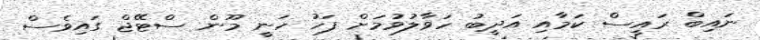
ނައިބް ރައީސް ކަމާއި އަދީބު ހަވާލުވުމަށް ފަހު ހަނީ މޫން ސްޓޭޖް ގައިވެސް